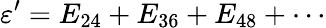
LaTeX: \varepsilon^{\prime}=E_{24}+E_{36}+E_{48}+\cdots